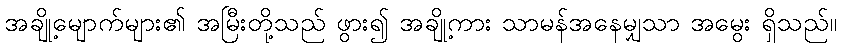
အချို့မျောက်များ၏ အမြီးတို့သည် ဖွား၍ အချို့ကား သာမန်အနေမျှသာ အမွေး ရှိသည်။